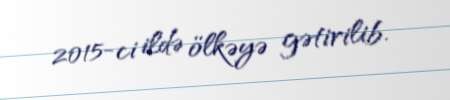
2015-ci ildə ölkəyə gətirilib.